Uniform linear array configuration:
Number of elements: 24
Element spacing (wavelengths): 0.25
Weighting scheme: uniform
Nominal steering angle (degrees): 60
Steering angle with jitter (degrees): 61.106
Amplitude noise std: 0.05
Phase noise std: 0.05

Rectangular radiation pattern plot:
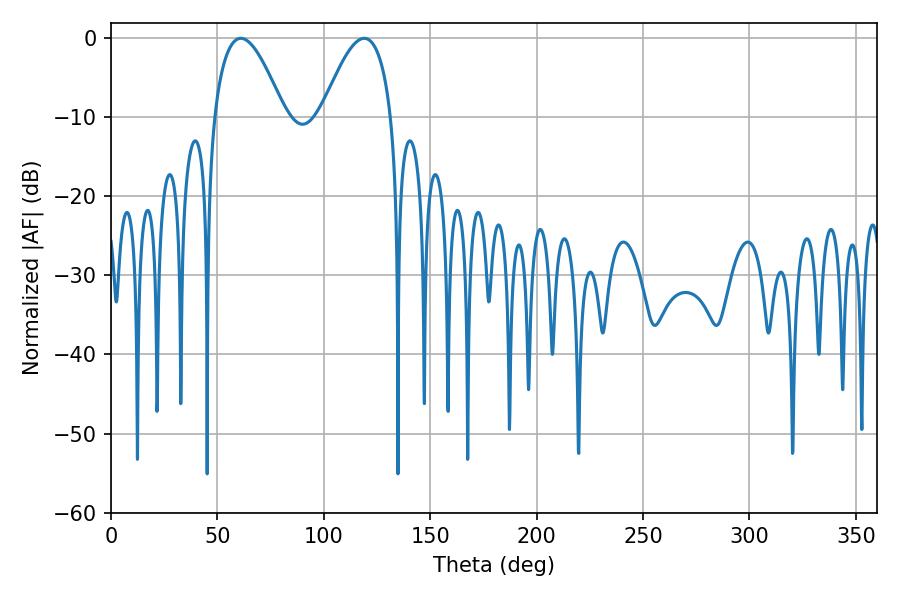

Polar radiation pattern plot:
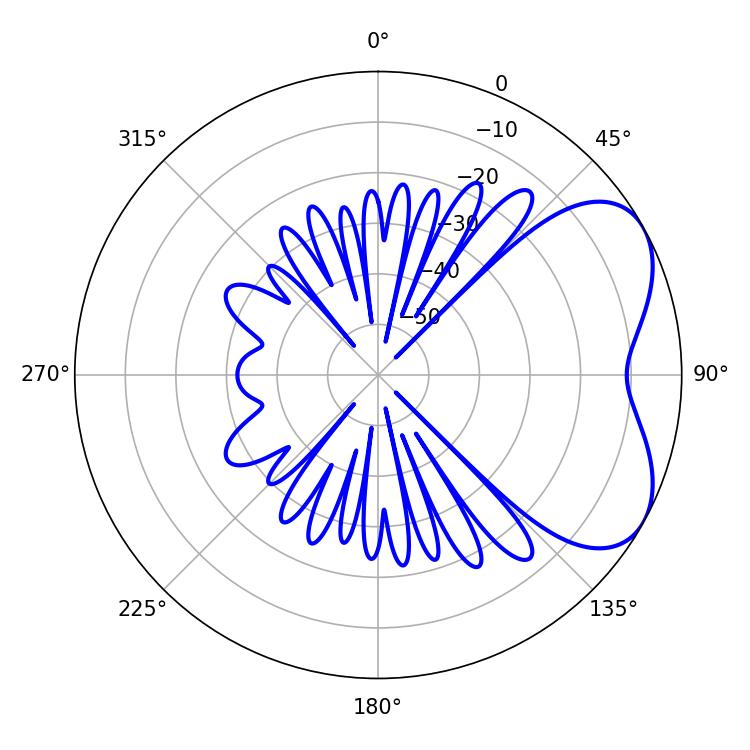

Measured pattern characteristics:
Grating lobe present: FALSE
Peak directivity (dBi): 5.068
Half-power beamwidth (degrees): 18
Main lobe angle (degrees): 61.02